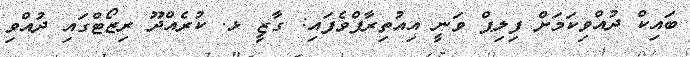
ބައިކް ދުއްވިކަމަށް ފިލިޕް ވަނީ އިއުތިރާފްވެފައި: ގާޒީ ޅ. ކުރެއްދޫ ރިޒޯޓްގައި ދުއްވި